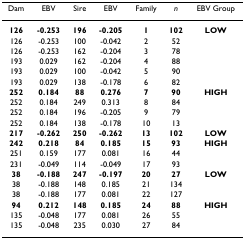
| Dam | EBV | Sire | EBV | Family | n | EBV Group |
 | --- | --- | --- | --- | --- | --- | --- |
 | 126 | -0.253 | 196 | -0.205 | 1 | 102 | LOW |
 | 126 | -0.253 | 100 | -0.042 | 2 | 52 |  |
 | 126 | -0.253 | 162 | -0.204 | 3 | 78 |  |
 | 193 | 0.029 | 162 | -0.204 | 4 | 88 |  |
 | 193 | 0.029 | 100 | -0.042 | 5 | 90 |  |
 | 193 | 0.029 | 138 | -0.178 | 6 | 82 |  |
 | 252 | 0.184 | 88 | 0.276 | 7 | 90 | HIGH |
 | 252 | 0.184 | 249 | 0.313 | 8 | 84 |  |
 | 252 | 0.184 | 196 | -0.205 | 9 | 79 |  |
 | 252 | 0.184 | 138 | -0.178 | 10 | 13 |  |
 | 217 | -0.262 | 250 | -0.262 | 13 | 102 | LOW |
 | 242 | 0.218 | 84 | 0.185 | 15 | 93 | HIGH |
 | 251 | 0.159 | 177 | 0.081 | 16 | 44 |  |
 | 231 | -0.049 | 114 | -0.049 | 17 | 93 |  |
 | 38 | -0.188 | 247 | -0.197 | 20 | 27 | LOW |
 | 38 | -0.188 | 148 | 0.185 | 21 | 134 |  |
 | 38 | -0.188 | 177 | 0.081 | 22 | 127 |  |
 | 94 | 0.212 | 148 | 0.185 | 24 | 88 | HIGH |
 | 135 | -0.048 | 177 | 0.081 | 26 | 55 |  |
 | 135 | -0.048 | 235 | 0.030 | 27 | 84 |  |